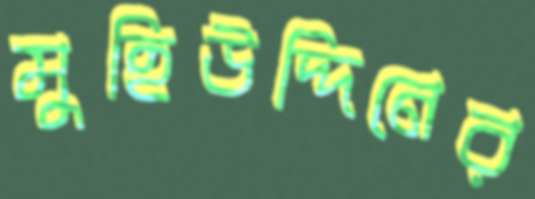
মুহিউদ্দিনের